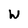
Character: W